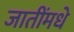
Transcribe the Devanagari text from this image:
जातींमधे